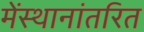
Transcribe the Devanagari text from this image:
मेंस्थानांतरित